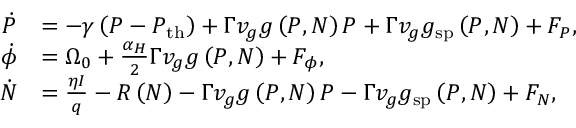
\begin{array} { r l } { \dot { P } } & { = - \gamma \left( P - P _ { \mathrm { t h } } \right) + \Gamma v _ { g } g \left( P , N \right) P + \Gamma v _ { g } g _ { \mathrm { s p } } \left( P , N \right) + F _ { P } , } \\ { \dot { \phi } } & { = \Omega _ { 0 } + \frac { \alpha _ { H } } { 2 } \Gamma v _ { g } g \left( P , N \right) + F _ { \phi } , } \\ { \dot { N } } & { = \frac { \eta I } { q } - R \left( N \right) - \Gamma v _ { g } g \left( P , N \right) P - \Gamma v _ { g } g _ { \mathrm { s p } } \left( P , N \right) + F _ { N } , } \end{array}